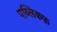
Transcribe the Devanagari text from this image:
पब्लिकफ़